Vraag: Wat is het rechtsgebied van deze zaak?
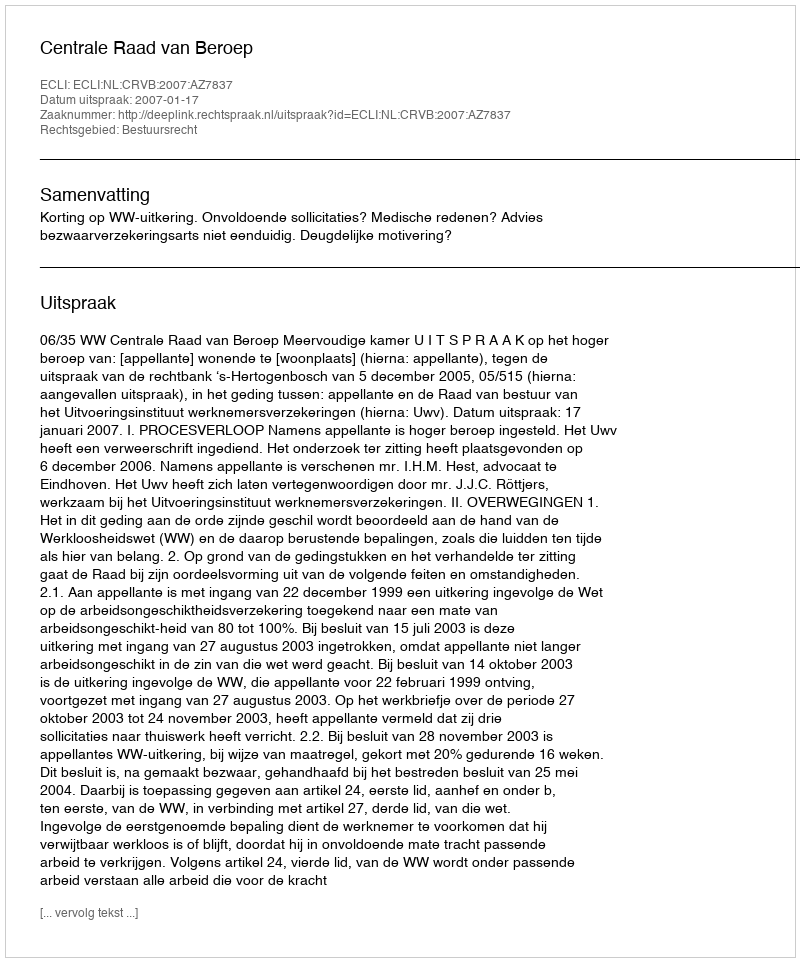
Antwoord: Bestuursrecht